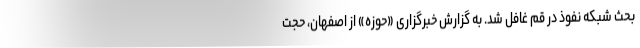
بحث شبکه نفوذ در قم غافل شد. به گزارش خبرگزاری «حوزه» از اصفهان، حجت